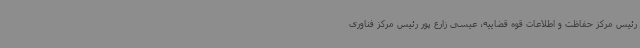
رئیس مرکز حفاظت و اطلاعات قوه قضاییه، عیسی زارع پور رئیس مرکز فناوری